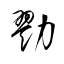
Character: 勠